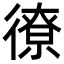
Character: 𫹣